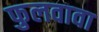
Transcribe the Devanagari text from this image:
फुलवावा